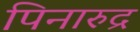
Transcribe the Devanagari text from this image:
पिनारुद्र